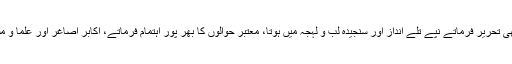
آپ کے قلم میں حیرت انگیز روانی تھی، جو بھی تحریر فرماتے نپے تلے انداز اور سنجیدہ لب و لہجہ میں ہوتا، معتبر حوالوں کا بھر پور اہتمام فرماتے، اکابر اصاغر اور علما و مشائخ آپ کی کتابوں کو توجہ کے ساتھ پڑھتے۔